Vaccine operations Central Provinces & Berar 1912-1920 - 1912-1920
Year: 1912
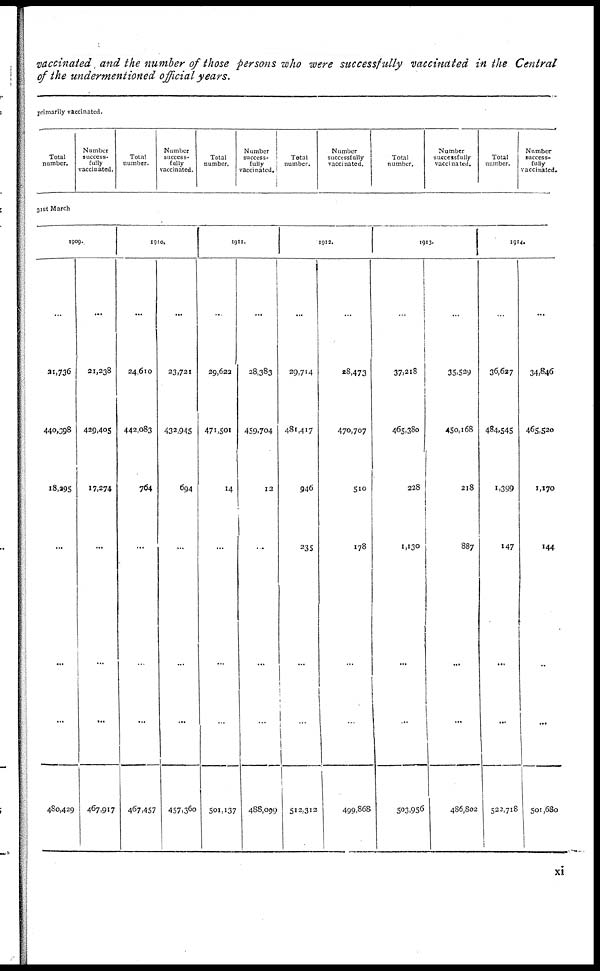
vaccinated and the number of those persons who were successfully vaccinated in the Central
of the undermentioned official years.
primarily vaccinated.
Total
number.
Number
success-
fully
vaccinated.
Total
number.
Number
success-
fully
vaccinated.
Total
number.
Number
success¬
fully
vaccinated.
Total
number.
Number
successfully
vaccinated.
Total
number.
Number
successfully
vaccinated.
Total
number.
Number
success-
fully
vaccinated.
31st March
1909.
...
21,736
440,398
18,295
...
...
...
480,429
...
21,238
429,405
17,274
...
...
...
467,917
1910.
...
24,610
442,083
764
...
...
...
467,457
...
23,721
432,945
694
...
...
...
457,360
1911.
...
29,622
471,501
14
...
...
...
501,137
...
28,383
459,704
12
...
...
...
488,099
1913.
...
29,714
481,417
946
235
...
...
512,312
...
28,473
470,707
510
178
...
...
499,868
1913.
...
37,218
465,380
228
1,130
...
...
503,956
...
35,529
450,168
218
887
...
...
486,802
1914.
...
36,627
484,545
1,399
147
...
...
522,718
...
34,846
465,520
1,170
144
...
...
501,680
xi